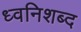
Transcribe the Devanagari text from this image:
ध्वनिशब्द